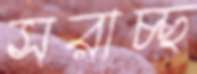
সরাচ্ছ